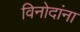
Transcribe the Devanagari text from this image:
विनोदांना